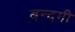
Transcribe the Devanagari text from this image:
बन्दगी